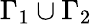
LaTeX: \Gamma_{1}\cup\Gamma_{2}